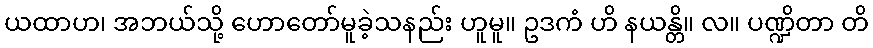
ယထာဟ၊ အဘယ်သို့ ဟောတော်မူခဲ့သနည်း ဟူမူ။ ဥဒကံ ဟိ နယန္တိ။ လ။ ပဏ္ဍိတာ တိ